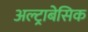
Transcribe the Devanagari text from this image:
अल्ट्राबेसिक